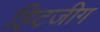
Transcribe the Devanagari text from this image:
हिटजीग